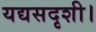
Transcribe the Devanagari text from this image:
यद्यसदृशी।